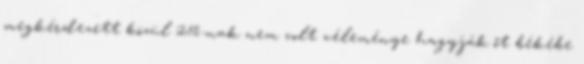
megkérdezett közül 25%-nak nem volt véleménye hagyják őt békébe